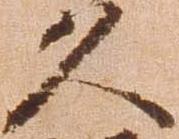
久